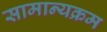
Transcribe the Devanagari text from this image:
सामान्यक्रम